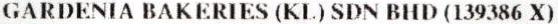
GARDENIA BAKERIES (KL) SDN BHD (139386 X)